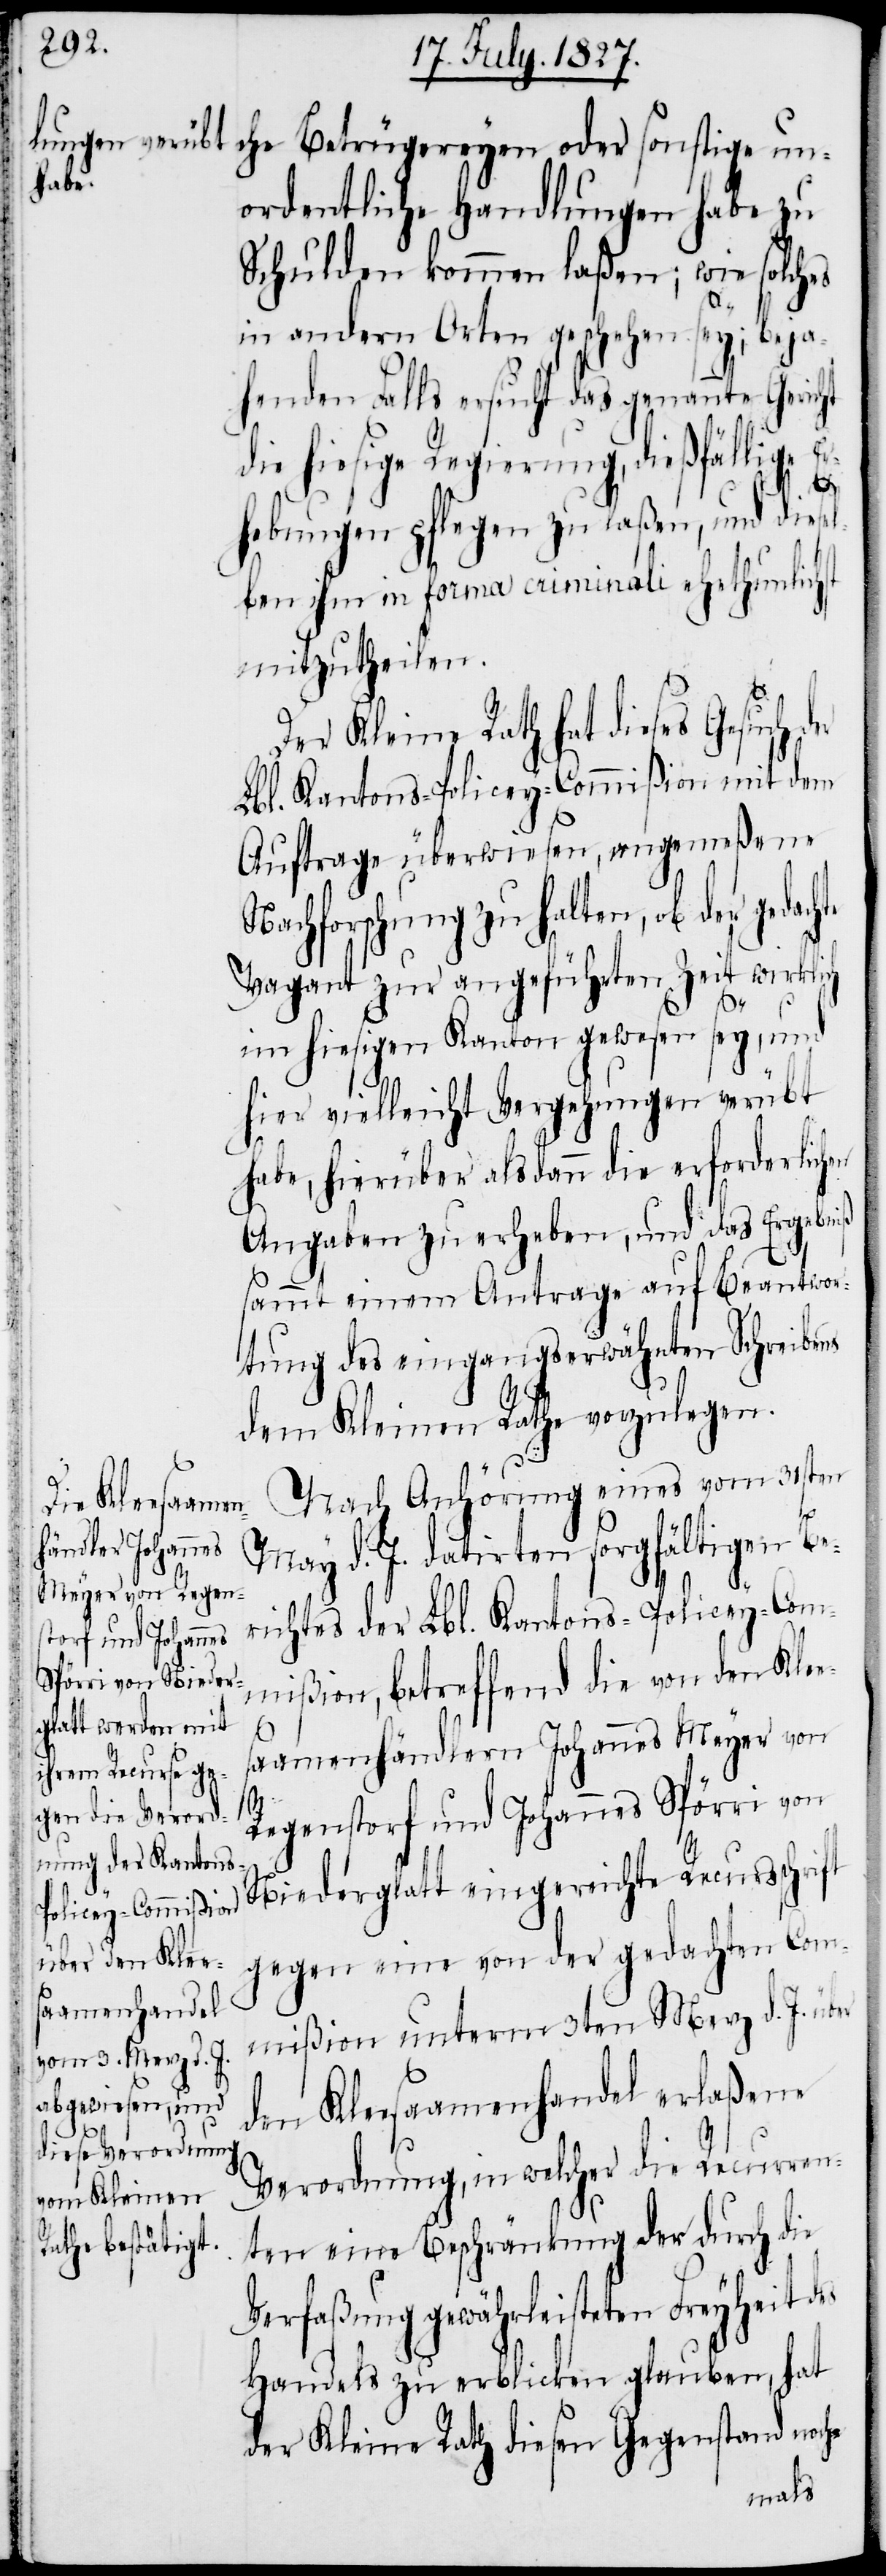
ordentlichen Handlungen habe zu
Schulden kommen laßen; wie solches
in andern Orten geschehen sey; beja¬
henden Falls ersucht das genannte Gericht
die hiesige Regierung, dießfällige Er¬
te
hebungen pflegen zu laßen, und diesel¬
ben ihm in forma criminali ehethunlichst
mitzutheilen.
Der Kleine Rath hat dieses Gesuch der
Lbl. Kantons-Policey-Commißion mit dem
Auftrage überwiesen, angemeßene
Nachforschung zu halten, ob der gedach¬
Vagant zur angeführten Zeit wirklich
es
im hiesigen Kanton gewesen sey, und
hier vielleicht Vergehungen verübt
habe, hierüber alsdann die erforderlichen
Angaben zu erheben, und das Ergebniß
sammt einem Antrage auf Beantwor¬
tung des eingangserwähnten Schreibens
dem Kleinen Rathe vorzulegen.
Nach Anhörung eines vom 31sten
sonstige un¬
May d. J. datirten sorgfältigen Be¬
richtes der Lbl. Kantons-Policey-Com¬
mißion, betreffend die von den Kle¬
esaamenhändlern Johannes Meyer von
Regenstorf und Johannes Spörri von
Niederglatt eingereichte Recursschrift
gegen eine von der gedachten Com¬
mißion unterm 3ten Merz d. J. über
den Kleesaamenhandel erlaßene
Verordnung, in welcher die Recurren¬
ten eine Beschränkung der durch die
Verfaßung gewährleisteten Freyheit d¬
Handels zu erblicken glauben, hat
der Kleine Rath diesen Gegenstand noch-